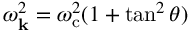
\omega _ { \mathbf { k } } ^ { 2 } = \omega _ { \mathrm { c } } ^ { 2 } ( 1 + \tan ^ { 2 } \theta )